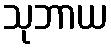
သုဘာယ